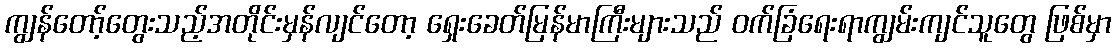
ကျွန်တော့်တွေးသည့်အတိုင်းမှန်လျင်တော့ ရှေးခေတ်မြန်မာကြီးများသည် ဝက်ခြံရေးရာကျွမ်းကျင်သူတွေ ဖြစ်မှာ